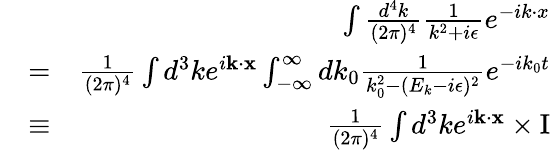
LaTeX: \begin{array}{rlr}&{}&{\int\frac{d^{4}k}{(2\pi)^{4}}\frac{1}{k^{2}+i\epsilon}e^{-ik\cdot x}}\\ &{=}&{\frac{1}{(2\pi)^{4}}\int d^{3}ke^{i\mathbf{k}\cdot\mathbf{x}}\int_{-\infty}^{\infty}dk_{0}\frac{1}{k_{0}^{2}-(E_{k}-i\epsilon)^{2}}e^{-ik_{0}t}}\\ &{\equiv}&{\frac{1}{(2\pi)^{4}}\int d^{3}ke^{i\mathbf{k}\cdot\mathbf{x}}\times\mathrm{I}}\end{array}